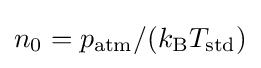
{\textstyle n_{0}=p_{\text{atm}}/(k_{\text{B}}T_{\text{std}})}